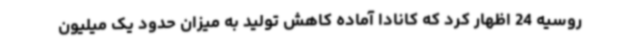
روسیه 24 اظهار کرد که کانادا آماده کاهش تولید به میزان حدود یک میلیون